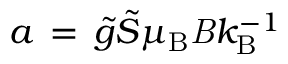
a \, = \, \tilde { g } \tilde { S } \mu _ { \mathrm { B } } { \it B } k _ { \mathrm { B } } ^ { - 1 }